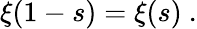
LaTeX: \xi(1-s)=\xi(s)~.